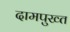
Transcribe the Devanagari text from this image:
दामपुख्त